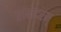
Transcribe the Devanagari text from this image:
लंबोदरम्